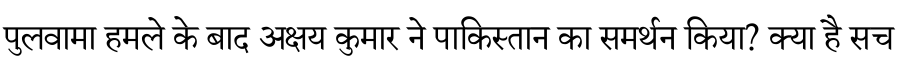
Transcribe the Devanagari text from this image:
पुलवामा हमले के बाद अक्षय कुमार ने पाकिस्तान का समर्थन किया? क्या है सच